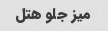
میز جلو هتل